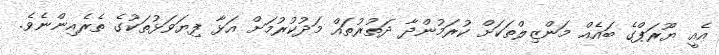
އެއީ ޔޫރަޕްގެ ބައެއް މަންޒިލްތަކަށް ކުރަމުންދާ ދަތުރުތައް މަދުކުރުމަށް އަޅާ ފިޔަވަޅުތަކުގެ ތެރެއިންނެވެ.